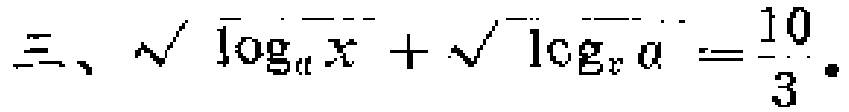
三、$\sqrt{\log_{a}x}+\sqrt{\log_{x}a}=\frac{10}{3}.$